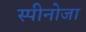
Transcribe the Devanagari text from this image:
स्पीनोजा